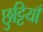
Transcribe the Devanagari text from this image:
छुट्टियाँ